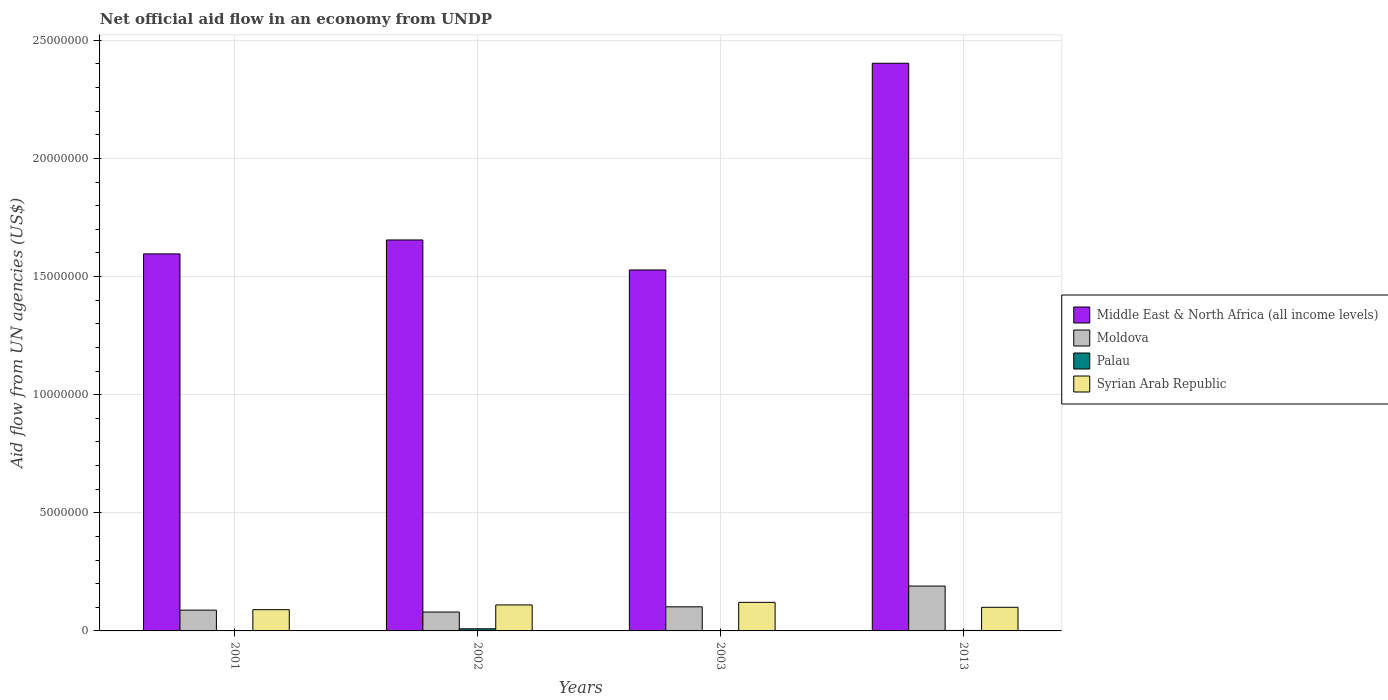
| Years | Middle East & North Africa (all income levels) | Moldova | Palau | Syrian Arab Republic |
 | --- | --- | --- | --- | --- |
 | 2001 | 1.6e+07 | 8.8e+05 | 1e+04 | 9e+05 |
 | 2002 | 1.66e+07 | 8e+05 | 9e+04 | 1.1e+06 |
 | 2003 | 1.53e+07 | 1.02e+06 | 1e+04 | 1.21e+06 |
 | 2013 | 2.4e+07 | 1.9e+06 | 2e+04 | 1e+06 |